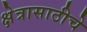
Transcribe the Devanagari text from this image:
क्षेत्रासाठीचे